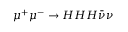
\mu ^ { + } \mu ^ { - } \to H H H \bar { \nu } \nu